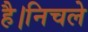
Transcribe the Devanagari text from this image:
है।निचले